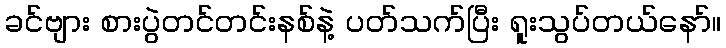
ခင်ဗျား စားပွဲတင်တင်းနစ်နဲ့ ပတ်သက်ပြီး ရူးသွပ်တယ်နော်။